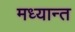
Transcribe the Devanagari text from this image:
मध्यान्त